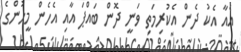
އެއާ އެކު ދެން އެކުރިމަތި ވަނީ ދޮން ބައްޕަ އާއި އެހެން މީހުންގެ